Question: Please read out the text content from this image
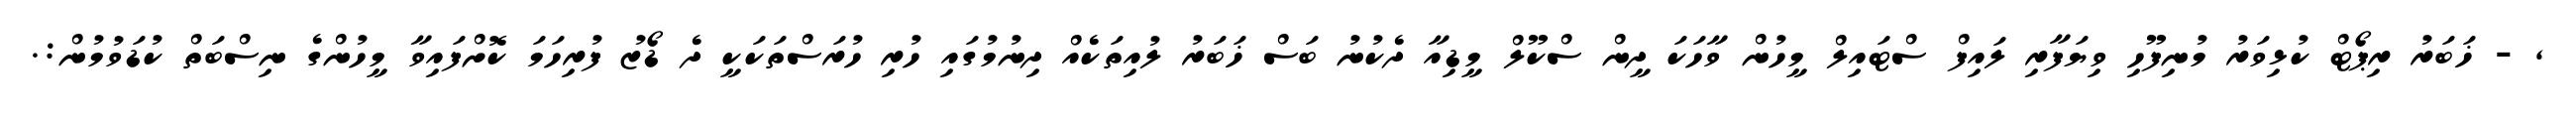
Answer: , - ޚަބަރު ރިޕޯޓް ކުޅިވަރު މުނިފޫހި ވިޔަފާރި ލައިފް ސްޓައިލް މީހުން ވާހަކަ ދީން ސްކޫލް މީޑިއާ ދެކުނު ބަސް ޚަބަރު ލުއިތަކެއް ދިނުމުގައި ހުރި ހުރަސްތަކަކީ ދެ ޑޯޒު ފުރިހަމަ ކޮށްފައިވާ މީހުންގެ ނިސްބަތް ކުޑަވުމުން:.